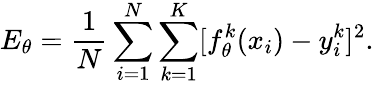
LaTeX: E_{\theta}=\frac{1}{N}\sum_{i=1}^{N}\sum_{k=1}^{K}[f_{\theta}^{k}(x_{i})-y_{i}^{k}]^{2}{\mathrm{.}}